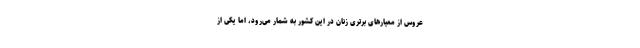
عروس از معیار‌های برتری زنان در این کشور به شمار می‌رود، اما یکی از